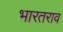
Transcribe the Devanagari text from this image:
भारतराव